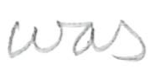
Text: was
Cross-out: clean
Writing tool: pencil